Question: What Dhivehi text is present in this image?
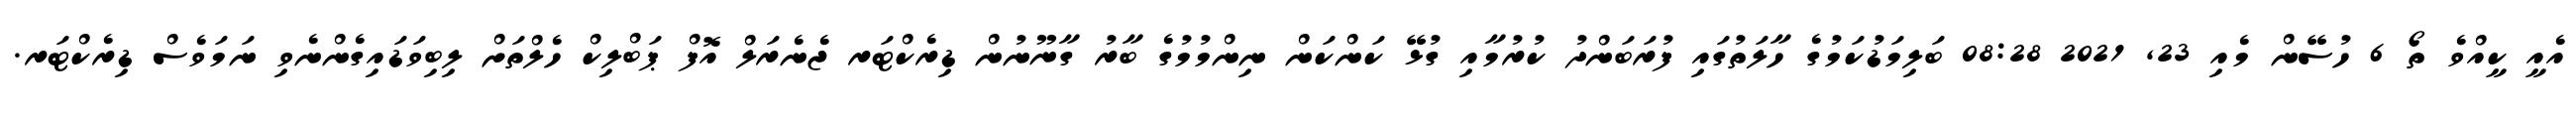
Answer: އެއީ ކީއްވެ ތޯ 6 ހުސޭން މެއި 23, 2021 08:28 ބަލިމަޑުކަމުގެ ހާލަތުގައި ފުރަބަންދު ކުރުމާއި ގުޅޭ ކަންކަން ނިންމުމުގެ ބާރު ގާނޫނުން ޑިރެކްޓަރ ޖެނެރަލް އޮފް ޕަބްލިކް ހެލްތަށް ލިބިވަޑައިގެންނެވި ނަމަވެސް ޑިރެކްޓަރ.